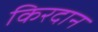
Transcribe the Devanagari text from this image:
किरदान